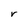
Character: r